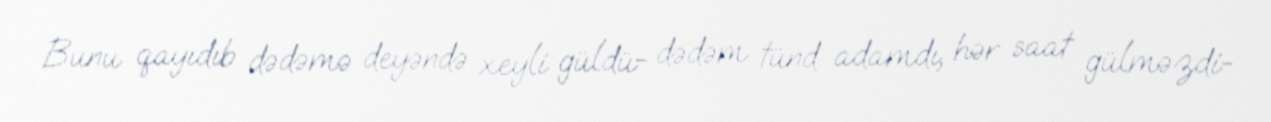
Bunu qayıdıb dədəmə deyəndə xeyli güldü- dədəm tünd adamdı, hər saat gülməzdi-